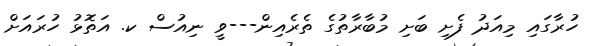
ހުރާގައި މިއަދު ފެށި ބަށި މުބާރާތުގެ ތެރެއިން---ވީ ނިއުސް ކ. އަތޮޅު ހުރައަށް